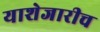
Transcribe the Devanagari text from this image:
याशेजारीच